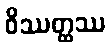
ဝိဿတ္ထဿ